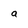
Character: a